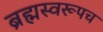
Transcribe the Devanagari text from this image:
ब्रह्मस्वरूपच